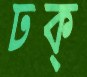
ঢক্